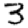
Digit: 3